Leaving Certificate Examination, 1904
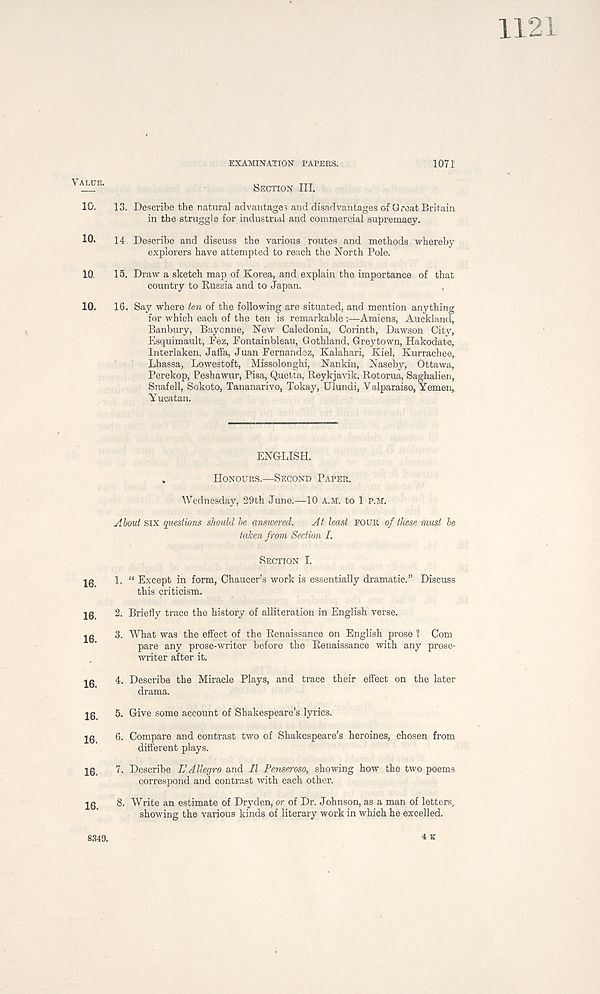
1121
VALUE.
10.
10.
10.
10.
16.
16.
16.
16.
16.
16.
16.
16.
8349
EXAMINATION PAPERS.
1071
SECTION III.
13. Describe the natural advantages and disadvantages of Great Britain
in the struggle for industrial and commercial supremacy.
14 Describe and discuss the various routes and methods whereby
explorers have attempted to reach the North Pole.
15. Draw a sketch map of Korea, and explain the importance of that
country to Russia and to Japan.
16. Say where ten of the following are situated, and mention anything
for which each of the ten is remarkable :—Amiens, Auckland,
Banbury, Bayonne, New Caledonia, Corinth, Dawson City,
Esquimault, Fez, Fontainbleau, Gothland, Greytown, Hakodate,
Interlaken, Jaffa, Juan Fernandez, Kalahari, Kiel, Kurrachee,
Lhassa, Lowestoft, Missolonghi, Nankin, Naseby, Ottawa,
Perekop, Pesbawur, Pisa, Quetta, Reykjavik, Rotorua, Saghalien,
Snafell, Sokoto, Tananarivo, Tokay, Ulundi, Valparaiso, Yemen,
Yucatan.
ENGLISH.
,
HONOURS.—SECOND PAPER.
Wednesday, 29th June.—10 A.M. to 1 P.M.
About six questions should be answered.
At least FOUR of these must be-
taken from Section I.
SECTION I.
1. “ Except in form, Chaucer’s work is essentially dramatic.” Discuss
this criticism.
2. Briefly trace the history of alliteration in English verse.
3. What was the effect of the Renaissance on English prose ? Com
pare any prose-writer before the Renaissance with any prose-
writer after it.
4. Describe the Miracle Plays, and trace their effect on the later
drama.
5. Give some account of Shakespeare’s lyrics.
6. Compare and contrast two of Shakespeare’s heroines, chosen from
different plays.
7. Describe L’ Allegro and II Penseroso, showing how the two poems
correspond and contrast Avith each other.
8. Write an estimate of Dryden, or of Dr. Johnson, as a man of letters,
showing the various kinds of literary work in which he excelled.
4 K